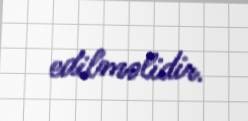
edilməlidir.